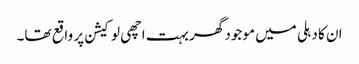
ان کا دہلی میں موجود گھر بہت اچھی لوکیشن پر واقع تھا۔